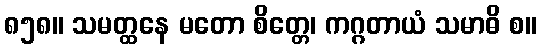
၈၅၈။ သမတ္ထနေ မတော စိတ္တေ၊ ကဂ္ဂတာယံ သမာဓိ စ။